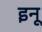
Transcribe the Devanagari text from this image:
इनू